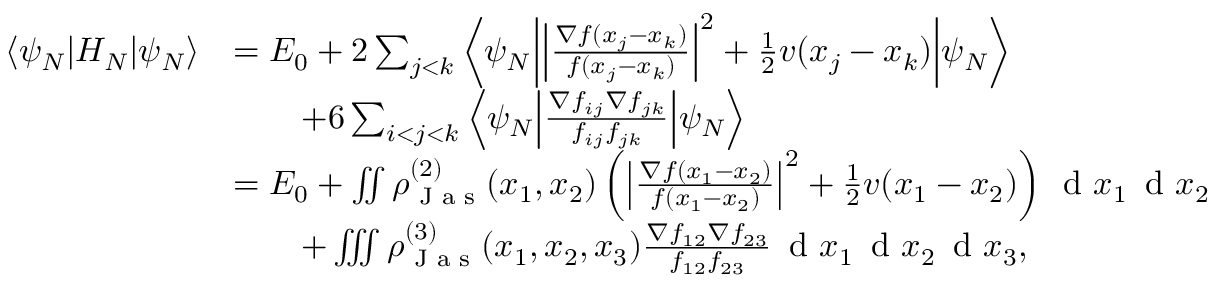
\begin{array} { r l } { \left\langle \psi _ { N } \middle \vert H _ { N } \middle \vert \psi _ { N } \right\rangle } & { = E _ { 0 } + 2 \sum _ { j < k } \left\langle \psi _ { N } \middle \vert \left\vert \frac { \nabla f ( x _ { j } - x _ { k } ) } { f ( x _ { j } - x _ { k } ) } \right\vert ^ { 2 } + \frac { 1 } { 2 } v ( x _ { j } - x _ { k } ) \middle \vert \psi _ { N } \right\rangle } \\ & { \qquad + 6 \sum _ { i < j < k } \left\langle \psi _ { N } \middle \vert \frac { \nabla f _ { i j } \nabla f _ { j k } } { f _ { i j } f _ { j k } } \middle \vert \psi _ { N } \right\rangle } \\ & { = E _ { 0 } + \iint \rho _ { \textnormal { J a s } } ^ { ( 2 ) } ( x _ { 1 } , x _ { 2 } ) \left( \left\vert \frac { \nabla f ( x _ { 1 } - x _ { 2 } ) } { f ( x _ { 1 } - x _ { 2 } ) } \right\vert ^ { 2 } + \frac { 1 } { 2 } v ( x _ { 1 } - x _ { 2 } ) \right) \, \textnormal { d } x _ { 1 } \, \textnormal { d } x _ { 2 } } \\ & { \qquad + \iiint \rho _ { \textnormal { J a s } } ^ { ( 3 ) } ( x _ { 1 } , x _ { 2 } , x _ { 3 } ) \frac { \nabla f _ { 1 2 } \nabla f _ { 2 3 } } { f _ { 1 2 } f _ { 2 3 } } \, \textnormal { d } x _ { 1 } \, \textnormal { d } x _ { 2 } \, \textnormal { d } x _ { 3 } , } \end{array}